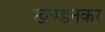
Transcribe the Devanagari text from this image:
खण्डनकर